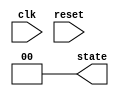
module timer_example (
    input wire clk,
    input wire reset,
    output reg [1:0] state // 2-bit state variable
);

    // State encoding
    parameter STATE_0 = 2'b00;
    parameter STATE_1 = 2'b01;
    parameter STATE_2 = 2'b10;

    initial begin
        state = STATE_0; // Initial state
    end

    // Asynchronous reset
    always @(posedge reset) begin
        state <= STATE_0;
    end

    // State machine with timer-based transitions
    always @(posedge clk) begin
        case (state)
            STATE_0: begin
                // Transition from STATE_0 to STATE_1 after 10 time units
                state <= STATE_1;
                #10; // Delay of 10 time units
            end
            
            STATE_1: begin
                // Transition from STATE_1 to STATE_2 after 15 time units
                state <= STATE_2;
                #15; // Delay of 15 time units
            end
            
            STATE_2: begin
                // Transition back to STATE_0 after 20 time units
                state <= STATE_0;
                #20; // Delay of 20 time units
            end
            
            default: state <= STATE_0; // Default case
        endcase
    end

endmodule